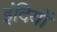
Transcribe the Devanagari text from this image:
इंदियों